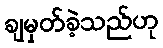
ချမှတ်ခဲ့သည်ဟု